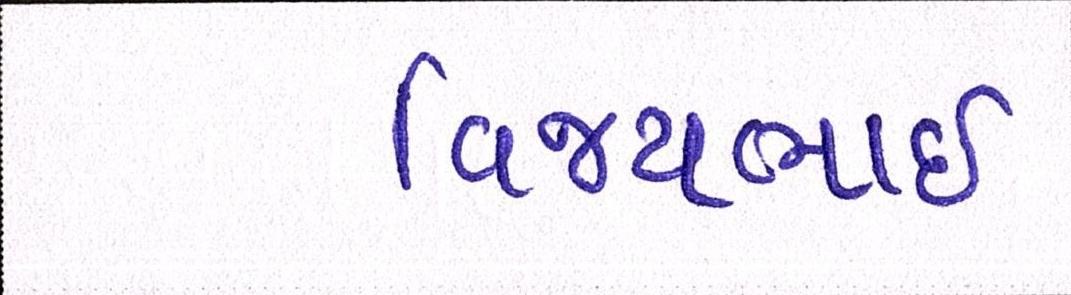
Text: વિજયભાઈ